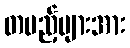
တပည့်များအား